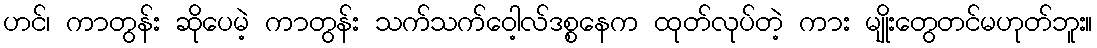
ဟင်၊ ကာတွန်း ဆိုပေမဲ့ ကာတွန်း သက်သက်ဝေါ့လ်ဒစ္စနေက ထုတ်လုပ်တဲ့ ကား မျိုးတွေတင်မဟုတ်ဘူး။